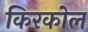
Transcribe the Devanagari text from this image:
किरकोल